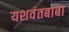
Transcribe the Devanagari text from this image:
यशवंतबाबा